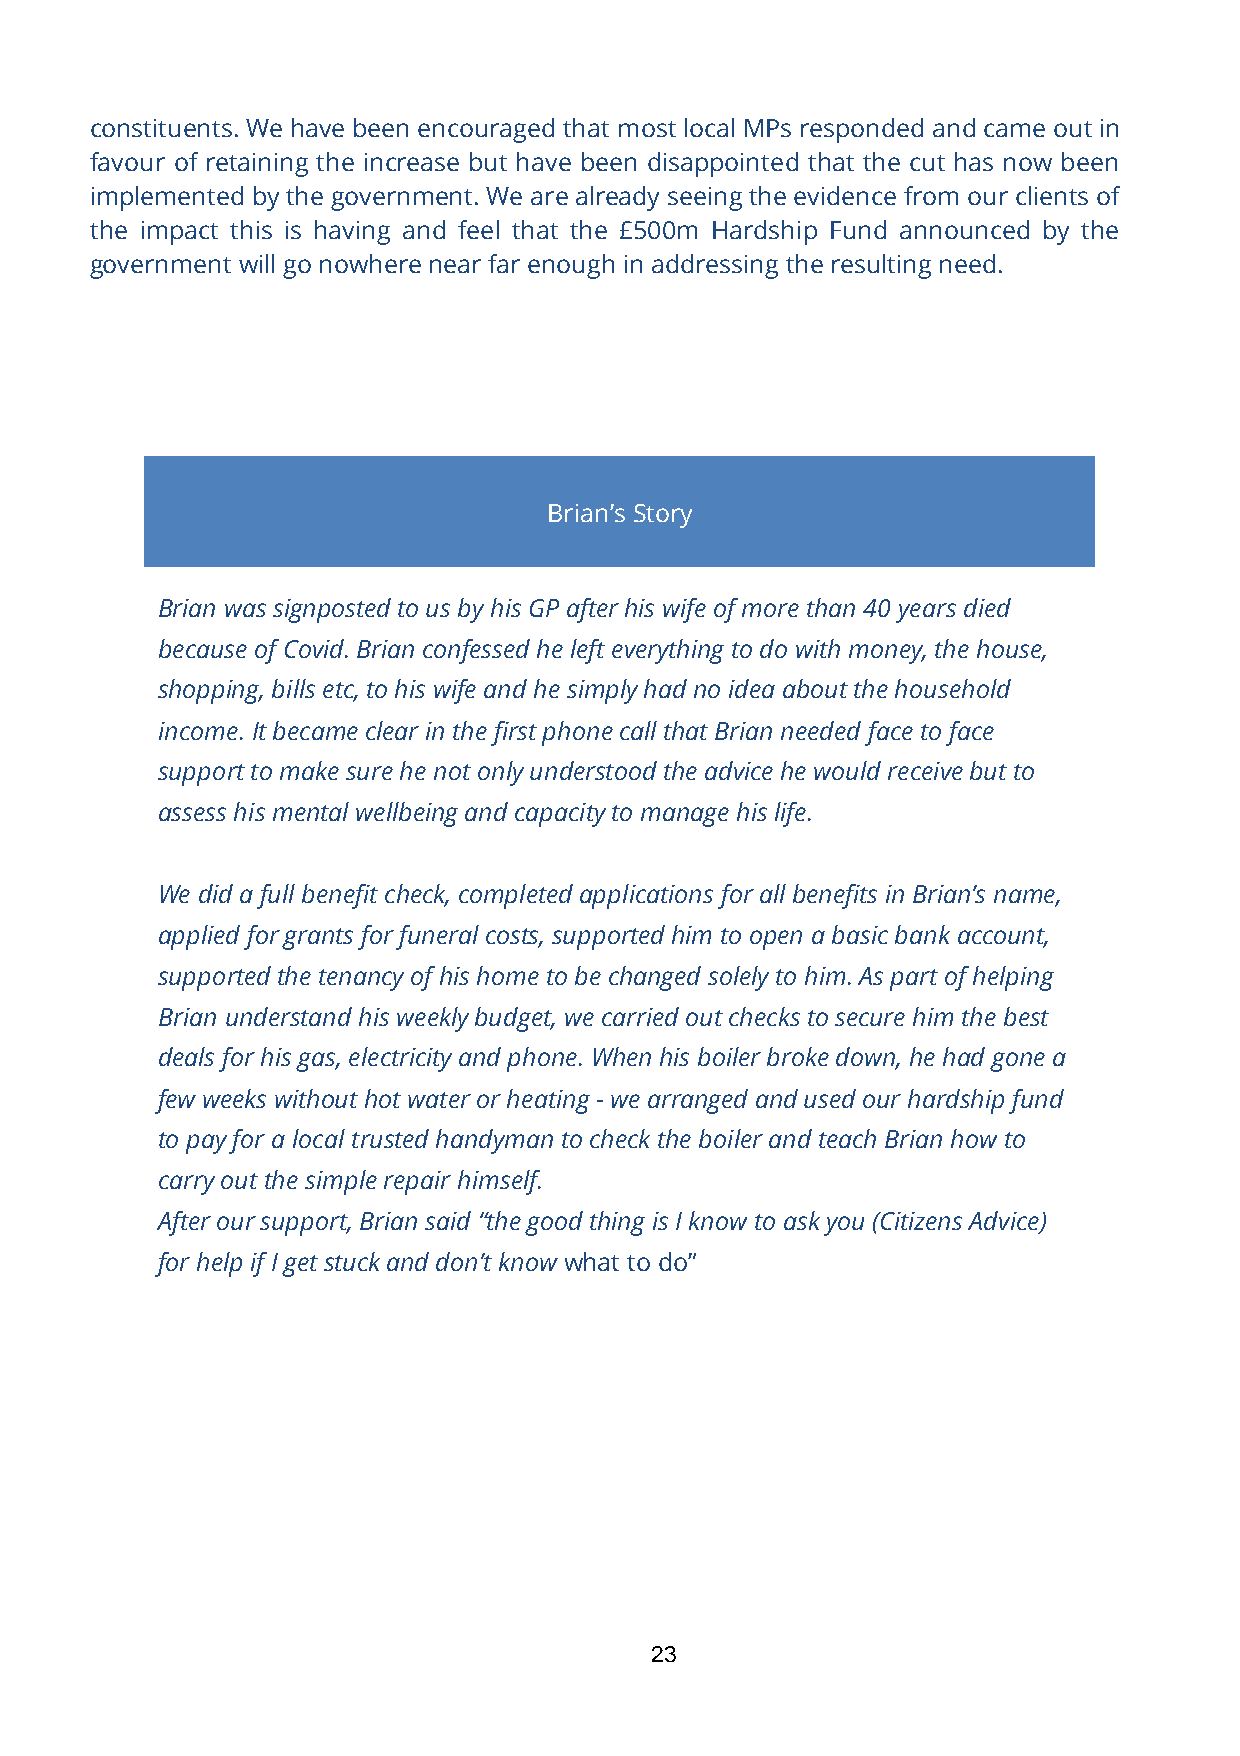
constituents. We have been encouraged that most local MPs responded and came out in
 favour of retaining the increase but have been disappointed that the cut has now been
 implemented by the government. We are already seeing the evidence from our clients of
 the impact this is having and feel that the £500m Hardship Fund announced by the
 government will go nowhere near far enough in addressing the resulting need.
 Brian’s Story
 Brian was signposted to us by his GP after his wife of more than 40 years died
 because of Covid. Brian confessed he left everything to do with money, the house,
 shopping, bills etc, to his wife and he simply had no idea about the household
 income. It became clear in the first phone call that Brian needed face to face
 support to make sure he not only understood the advice he would receive but to
 assess his mental wellbeing and capacity to manage his life.
 We did a full benefit check, completed applications for all benefits in Brian’s name,
 applied for grants for funeral costs, supported him to open a basic bank account,
 supported the tenancy of his home to be changed solely to him. As part of helping
 Brian understand his weekly budget, we carried out checks to secure him the best
 deals for his gas, electricity and phone. When his boiler broke down, he had gone a
 few weeks without hot water or heating - we arranged and used our hardship fund
 to pay for a local trusted handyman to check the boiler and teach Brian how to
 carry out the simple repair himself.
 After our support, Brian said “the good thing is I know to ask you (Citizens Advice)
 for help if I get stuck and don’t know what to do””.
 23